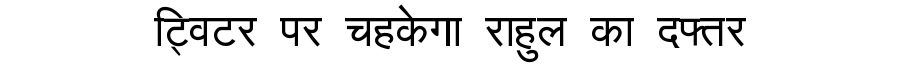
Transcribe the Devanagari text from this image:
ट्विटर पर चहकेगा राहुल का दफ्तर